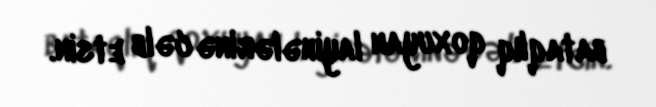
bataqlıq qoxuyan layihələrinə cəlb etsin.